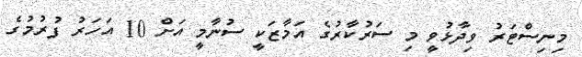
މިނިސްޓަރު ވިދާޅުވީ މި ސަރުކާރުގެ އަމާޒަކީ ސުނާމީ އަށް 10 އަހަރު ފުރުމުގެ